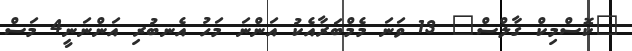
"ކޮސްމިކް ގާލްސް" 13 ވަނަ މެމްބަރާއެކު އަންނަ މަހު އެނބުރި އަންނަނީ4 މަސް